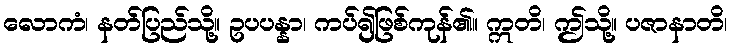
လောကံ၊ နတ်ပြည်သို့။ ဥပပန္နာ၊ ကပ်၍ဖြစ်ကုန်၏။ ဣတိ၊ ဤသို့။ ပဇာနာတိ၊